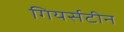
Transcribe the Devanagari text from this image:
गियर्सटीन